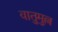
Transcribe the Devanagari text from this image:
वातुमुल्ल